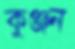
কুঞ্জন